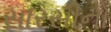
સારસીનો